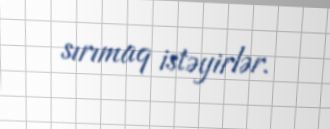
sırımaq istəyirlər.